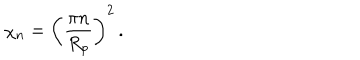
LaTeX: \chi _ { n } = \left( \frac { \pi n } { R _ { p } } \right) ^ { 2 } \, .